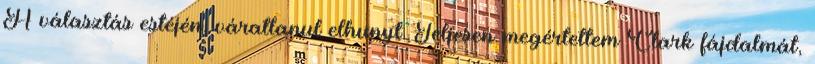
A választás estéjén, váratlanul elhunyt. Teljesen megértettem Clark fájdalmát,